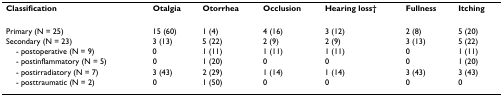
<table><thead><tr><td><b>Classification</b></td><td><b>Otalgia</b></td><td><b>Otorrhea</b></td><td><b>Occlusion</b></td><td><b>Hearing loss†</b></td><td><b>Fullness</b></td><td><b>Itching</b></td></tr></thead><tbody><tr><td>Primary (N = 25)</td><td>15 (60)</td><td>1 (4)</td><td>4 (16)</td><td>3 (12)</td><td>2 (8)</td><td>5 (20)</td></tr><tr><td>Secondary (N = 23)</td><td>3 (13)</td><td>5 (22)</td><td>2 (9)</td><td>2 (9)</td><td>3 (13)</td><td>5 (22)</td></tr><tr><td> - postoperative (N = 9)</td><td>0</td><td>1 (11)</td><td>1 (11)</td><td>1 (11)</td><td>0</td><td>1 (11)</td></tr><tr><td> - postinflammatory (N = 5)</td><td>0</td><td>1 (20)</td><td>0</td><td>0</td><td>0</td><td>1 (20)</td></tr><tr><td> - postirradiatory (N = 7)</td><td>3 (43)</td><td>2 (29)</td><td>1 (14)</td><td>1 (14)</td><td>3 (43)</td><td>3 (43)</td></tr><tr><td> - posttraumatic (N = 2)</td><td>0</td><td>1 (50)</td><td>0</td><td>0</td><td>0</td><td>0</td></tr></tbody></table>